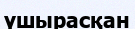
үшырасқан